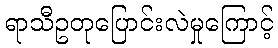
ရာသီဥတုပြောင်းလဲမှုကြောင့်